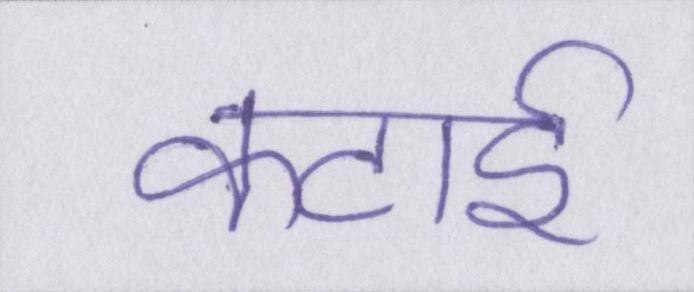
कटाई